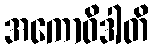
အကောဝိဒါတိ